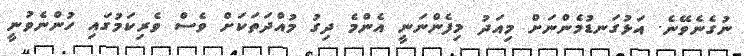
ނުގެނެވޭނެ. އަޅުގަނޑުމެންނަށް މިއަދު މިފެންނަނީ އެންމެ ދިގު މުއްދަތަކަށް ވެސް ވެރިކަމުގައި ހުންނެވުނީ